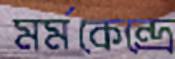
মর্মকেন্দ্রে